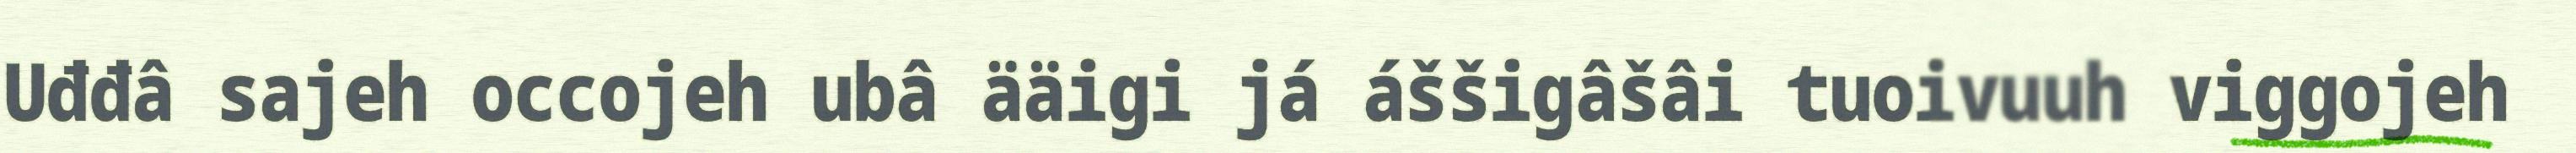
Uđđâ sajeh occojeh ubâ ääigi já áššigâšâi tuoivuuh viggojeh